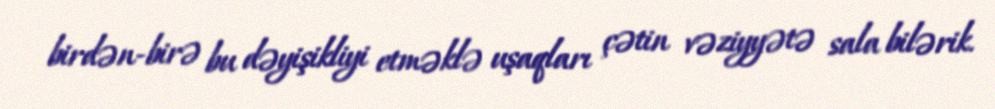
birdən-birə bu dəyişikliyi etməklə uşaqları çətin vəziyyətə sala bilərik.